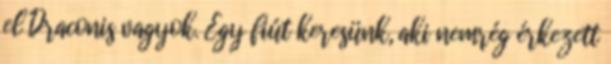
el Draconis vagyok. Egy fiút keresünk, aki nemrég érkezett